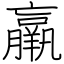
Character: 羸